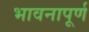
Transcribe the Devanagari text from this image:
भावनापूर्ण